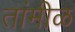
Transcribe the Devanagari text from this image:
तांमीळ